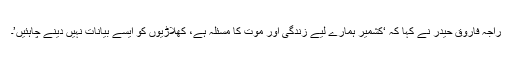
راجہ فاروق حیدر نے کہا کہ ‘کشمیر ہمارے لیے زندگی اور موت کا مسئلہ ہے، کھلاڑیوں کو ایسے بیانات نہیں دینے چاہئیں’۔